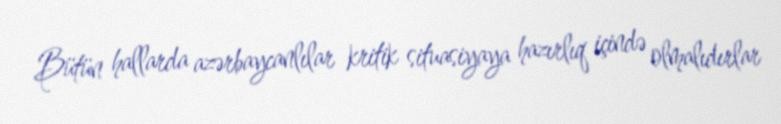
Bütün hallarda azərbaycanlılar kritik situasiyaya hazırlıq içində olmalıdırlar